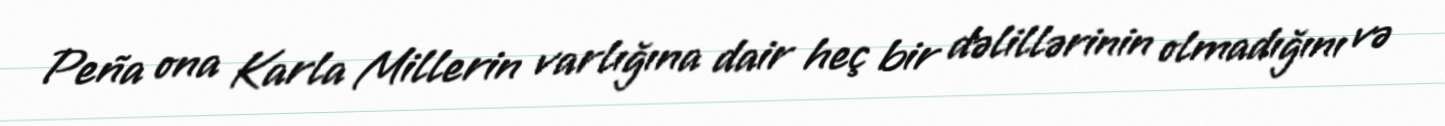
Peña ona Karla Millerin varlığına dair heç bir dəlillərinin olmadığını və